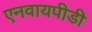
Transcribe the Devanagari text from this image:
एनवायपीडी